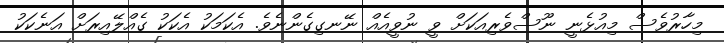
މިހާރުވެސް މިއުޅެނީ ނޫސްވެރިއަކަށް ވީ ނުވީއެއް ނޭނގިގެންނެވެ. އެކަމަކު އެކަކު ގެއްލޭއިރަށް އަނެކަކު